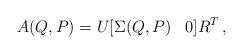
LaTeX: \begin{align*} A(Q,P)=U[\Sigma (Q,P)\,\,\,\,\, 0]R^T\, ,\end{align*}